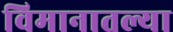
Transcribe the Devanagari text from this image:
विमानातल्या